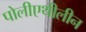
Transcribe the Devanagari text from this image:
पोलीएथीलीन